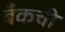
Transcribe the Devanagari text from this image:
बँकची